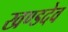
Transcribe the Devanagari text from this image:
खण्डदेव